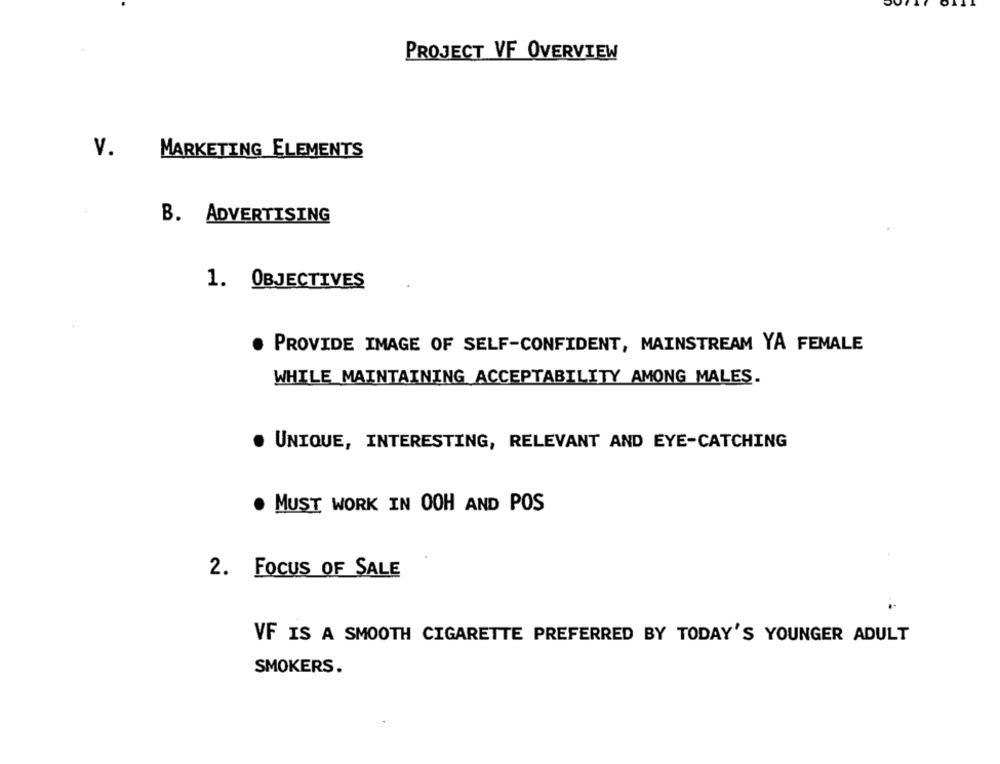
PROJECT VF OVERVIEW
V.
MARKETING ELEMENTS
B. ADVERTISING
1. OBJECTIVES
PROVIDE IMAGE OF SELF-CONFIDENT, MAINSTREAM YA FEMALE
WHILE MAINTAINING ACCEPTABILITY AMONG MALES.
UNIQUE, INTERESTING, RELEVANT AND EYE-CATCHING
. MUST WORK IN OOH AND POS
2. FOCUS OF SALE
VF IS A SMOOTH CIGARETTE PREFERRED BY TODAY'S YOUNGER ADULT
SMOKERS.